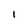
Character: I